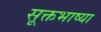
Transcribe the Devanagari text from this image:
सूक्तभाष्या